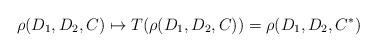
LaTeX: \begin{align*}\rho(D_1,D_2,C)\mapsto T(\rho(D_1,D_2,C))=\rho(D_1,D_2,C^\ast)\end{align*}